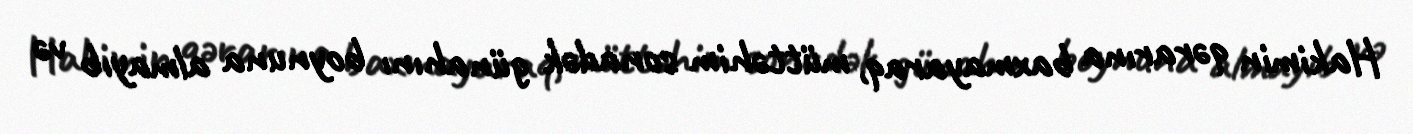
Hakimin qərarına baxmayaraq, müttəhim sonadək günahını boynuna almayıb və